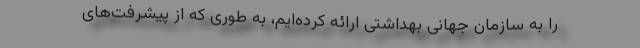
را به سازمان جهانی بهداشتی ارائه کرده‌ایم، به طوری که از پیشرفت‌های